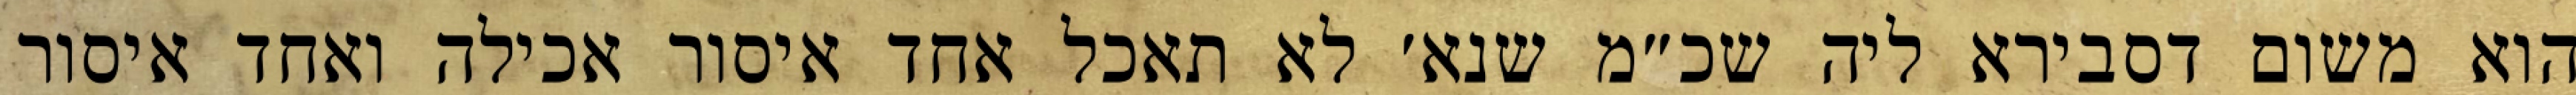
הוא משום דסבירא ליה שכ״מ שנא׳ לא תאכל אחד איסור אכילה ואחד איסור